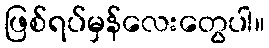
ဖြစ်ရပ်မှန်လေးတွေပါ။